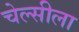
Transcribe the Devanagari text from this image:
चेल्सीला